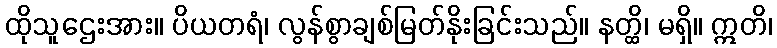
ထိုသူဌေးအား။ ပိယတရံ၊ လွန်စွာချစ်မြတ်နိုးခြင်းသည်။ နတ္ထိ၊ မရှိ။ ဣတိ၊